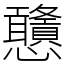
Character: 𢦀